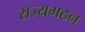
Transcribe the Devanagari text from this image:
राज्यगठन